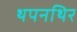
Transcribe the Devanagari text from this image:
थपनथिर